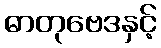
ဓာတုဗေဒနှင့်